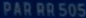
PAR RR 505